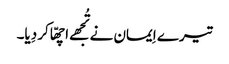
تیرے اِیمان نے تُجھے اچھّا کر دِیا۔